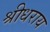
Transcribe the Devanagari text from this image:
श्रीधराय